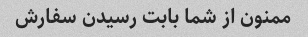
ممنون از شما بابت رسیدن سفارش